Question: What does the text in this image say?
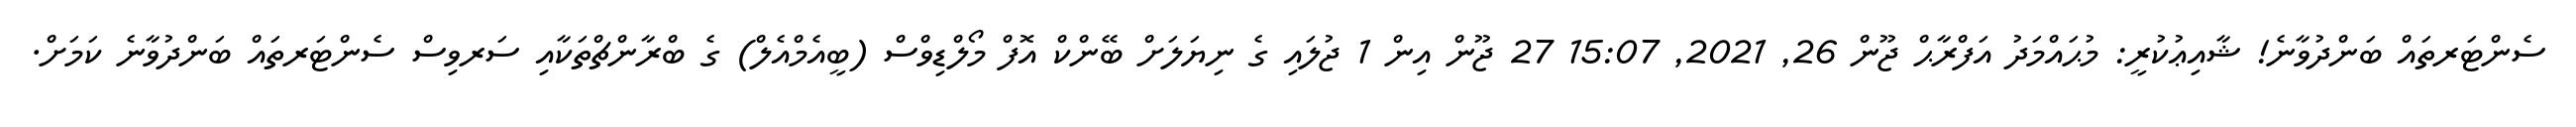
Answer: ސެންޓަރތައް ބަންދުވާނެ! ޝާއިޢުކުރީ: މުޙައްމަދު އަފްރާޙް ޖޫން 26, 2021, 15:07 27 ޖޫން އިން 1 ޖުލައި ގެ ނިޔަލަށް ބޭންކް އޮފް މޯލްޑިވްސް (ބީއެމްއެލް) ގެ ބްރާންޗްތަކާއި ސަރވިސް ސެންޓަރތައް ބަންދުވާނެ ކަމަށް.